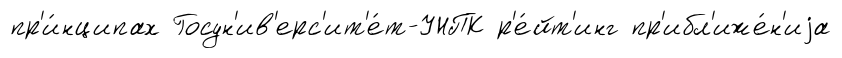
пр'и́нципах Госун'ив'ерс'ит'е́т-УНПК р'е́йт'инг пр'ибл'иже́н'иjа